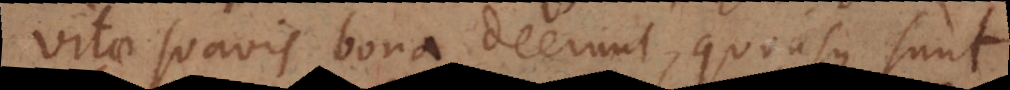
vitae suavis bona deerunt, quousque sunt